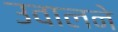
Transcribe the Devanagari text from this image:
उवालने